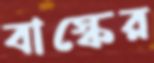
বাস্কের